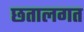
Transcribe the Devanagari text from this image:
छतालगत